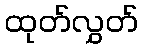
ထုတ်လွှတ်